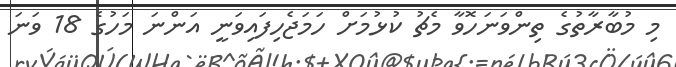
މި މުބާރާތުގެ ތިންވަނަހޮވާ މެޗު ކުޅުމަށް ހަމަޖެހިފައިވަނީ އަންނަ މަހުގެ 18 ވަަނަ